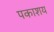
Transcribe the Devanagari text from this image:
पकाशय